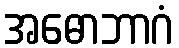
အဓောဘာဂံ